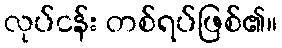
လုပ်ငန်း တစ်ရပ်ဖြစ်၏။